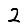
Digit: 2